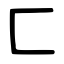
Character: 匚